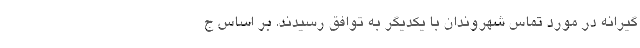
گیرانه در مورد تماس شهروندان با یکدیگر به توافق رسیدند. بر اساس ج